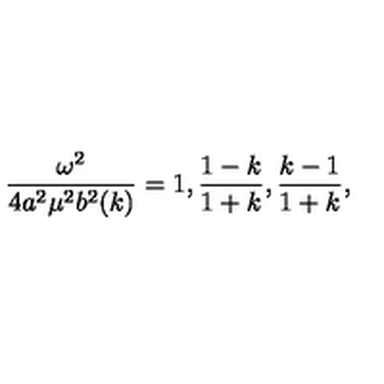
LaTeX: { \frac { \omega ^ { 2 } } { 4 a ^ { 2 } \mu ^ { 2 } b ^ { 2 } ( k ) } } = 1 , { \frac { 1 - k } { 1 + k } } , { \frac { k - 1 } { 1 + k } } ,